Vaccination in Bombay 1889-1901 - 1889-1901
Year: 1889
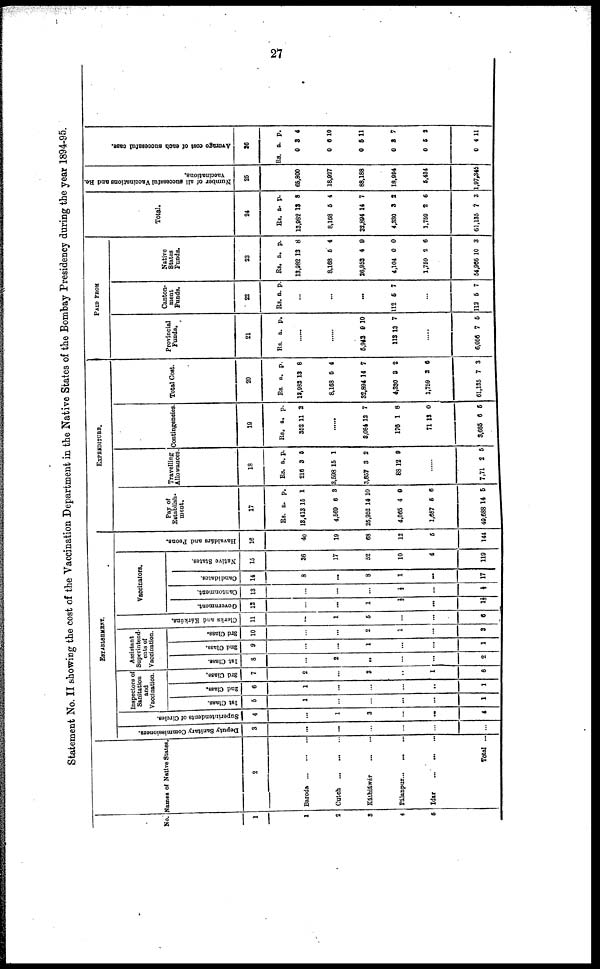
27
Statement No. II showing the cost of the Vaccination Department in the Native States of the Bombay Presidency during the year 1894-95.
No.
1
1
2
3
4
5
Names of Native States.
2
Baroda
...
...
...
Cutch
...
...
...
Káthiáwár
...
...
Pálanpur...
...
...
Idar
...
...
...
Total ...
ESTABLSHMENT.
Deputy Sanitary Commissioners.
3
...
...
...
...
...
...
Superintendents of Circles.
4
...
1
3
...
...
4
Inspectors of
Sanitation
and
Vaccination.
1st Class.
5
1
...
...
...
...
1
2nd Class.
6
1
...
...
...
...
1
3rd Class.
7
2
...
3
...
1
6
Assistant
Superintend-
ents of
Vaccination.
1st Class.
8
...
2
...
...
...
2
2nd Class.
9
...
...
1
...
...
1
3rd Class.
10
...
...
2
1
...
8
Clerks and Kárkúns.
11
...
1
5
...
...
6
Vaccinators.
Government.
12
...
...
1
½
...
1½
Cantonment.
13
...
...
...
½
...
½
Candidates.
14
8
...
8
1
...
17
Native States.
15
36
17
52
10
4
119
Havaldars and Peons.
16
40
19
68
12
5
144
EXPENDITURE.
Pay of
Establish¬
ment.
17
Rs.
13,413
4,560
25,952
4,065
1,687
49,688
a.
15
6
14
4
5
14
p.
1
3
10
0
6
5
Travelling
Allowances.
18
Rs.
216
3,598
3,857
88
a.
3
15
3
12
p.
5
1
2
0
......
7,71 2 5
Contingencies.
19
Rs.
352
a.
11
p.
2
......
8,084
176
71
3,685
12
1
13
6
7
8
0
5
Total Cost.
20
Rs.
13,982
8,168
32,894
4,330
1,759
61,135
a.
13
5
14
3
2
7
p.
8
4
7
2
6
3
PAID FORM
Provincial
Funds.
21
Rs. a. p.
......
......
5,942
113
9
13
10
7
.....
6,056 7 5
Canton-
ment
Funds.
22
Rs. a. p.
...
...
...
112 5 7
...
112 5 7
Native
States
Funds.
23
Rs.
13,982
8,168
26,952
4,104
1,759
54,966
a.
13
5
4
0
2
10
p.
8
4
9
0
6
3
Total.
24
Rs.
13,982
8,168
32,894
4,330
1,759
61,135
a.
13
5
14
3
2
7
p.
8
4
7
2
6
3
Number of all successful Vaccinations and Re¬
Vaccinations.
25
65,800
18,927
88,188
18,994
5,434
1,97,345
Average cost of each successful case.
26
Rs.
0
0
0
0
0
0
a.
3
6
5
3
5
4
p.
4
10
11
7
2
11